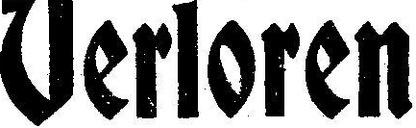
Verloren